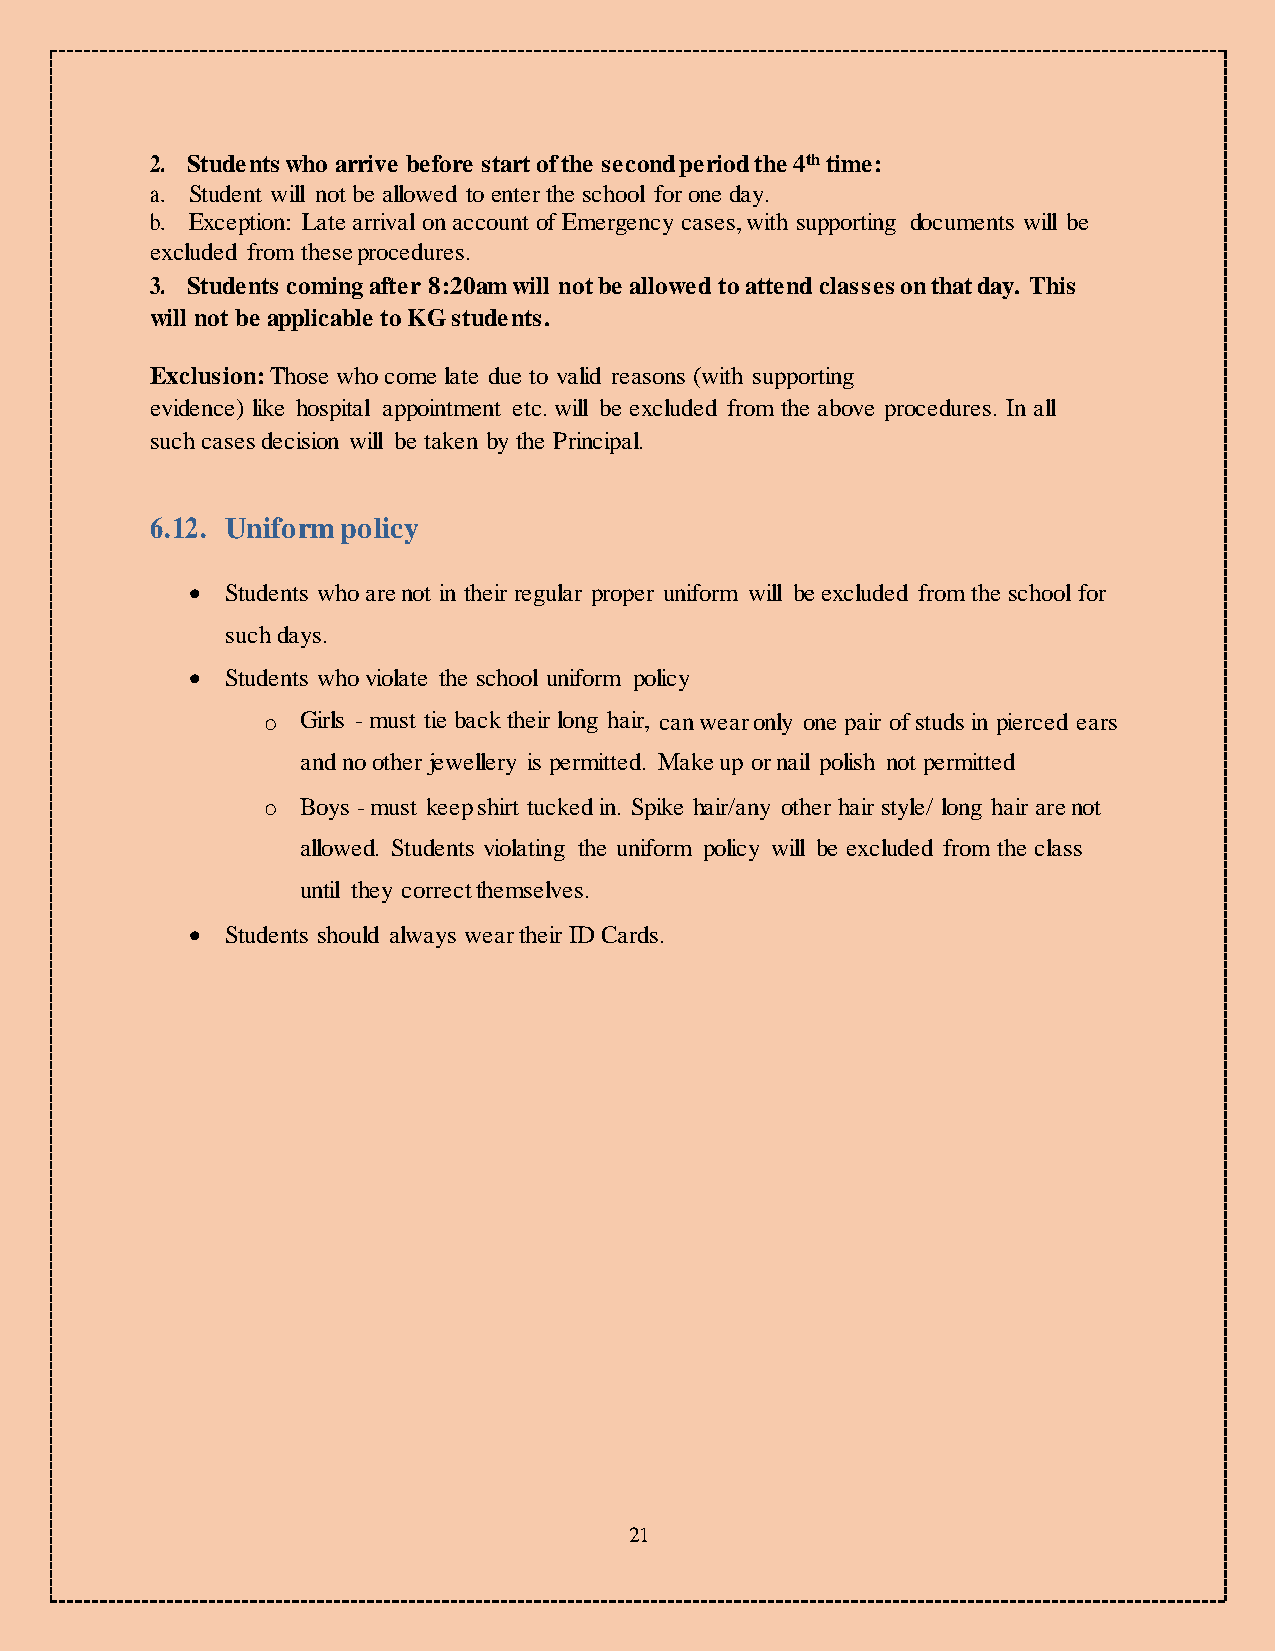
2. Students who arrive before start of the second period the 4th time:
 a. Student will not be allowed to enter the school for one day.
 b. Exception: Late arrival on account of Emergency cases, with supporting documents will be
 excluded from these procedures.
 3. Students coming after 8:20am will not be allowed to attend classes on that day. This
 will not be applicable to KG students.
 Exclusion: Those who come late due to valid reasons (with supporting
 evidence) like hospital appointment etc. will be excluded from the above procedures. In all
 such cases decision will be taken by the Principal.
 6.12. Uniform policy
   Students who are not in their regular proper uniform will be excluded from the school for
 such days.
   Students who violate the school uniform policy
 o  Girls - must tie back their long hair, can wear only one pair of studs in pierced ears
 and no other jewellery is permitted. Make up or nail polish not permitted
 o  Boys - must keep shirt tucked in. Spike hair/any other hair style/ long hair are not
 allowed. Students violating the uniform policy will be excluded from the class
 until they correct themselves.
   Students should always wear their ID Cards.
 21